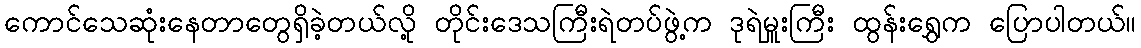
ကောင်သေဆုံးနေတာတွေရှိခဲ့တယ်လို့ တိုင်းဒေသကြီးရဲတပ်ဖွဲ့က ဒုရဲမှူးကြီး ထွန်းရွှေက ပြောပါတယ်။